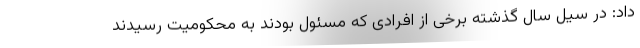
داد: در سیل سال گذشته برخی از افرادی که مسئول بودند به محکومیت رسیدند